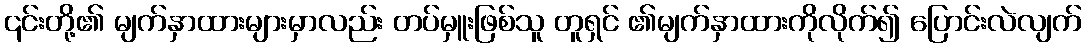
၎င်းတို့၏ မျက်နှာထားများမှာလည်း တပ်မှူးဖြစ်သူ တူရှင် ၏မျက်နှာထားကိုလိုက်၍ ပြောင်းလဲလျက်